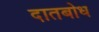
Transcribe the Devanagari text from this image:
दातबोध